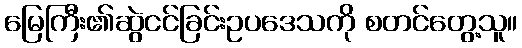
မြေကြီး၏ဆွဲငင်ခြင်းဥပဒေသကို စတင်တွေ့သူ။